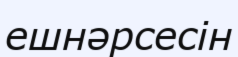
ешнәрсесін